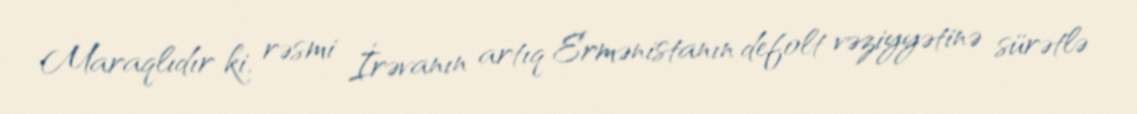
Maraqlıdır ki, rəsmi İrəvanın artıq Ermənistanın defolt vəziyyətinə sürətlə